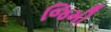
જિમી